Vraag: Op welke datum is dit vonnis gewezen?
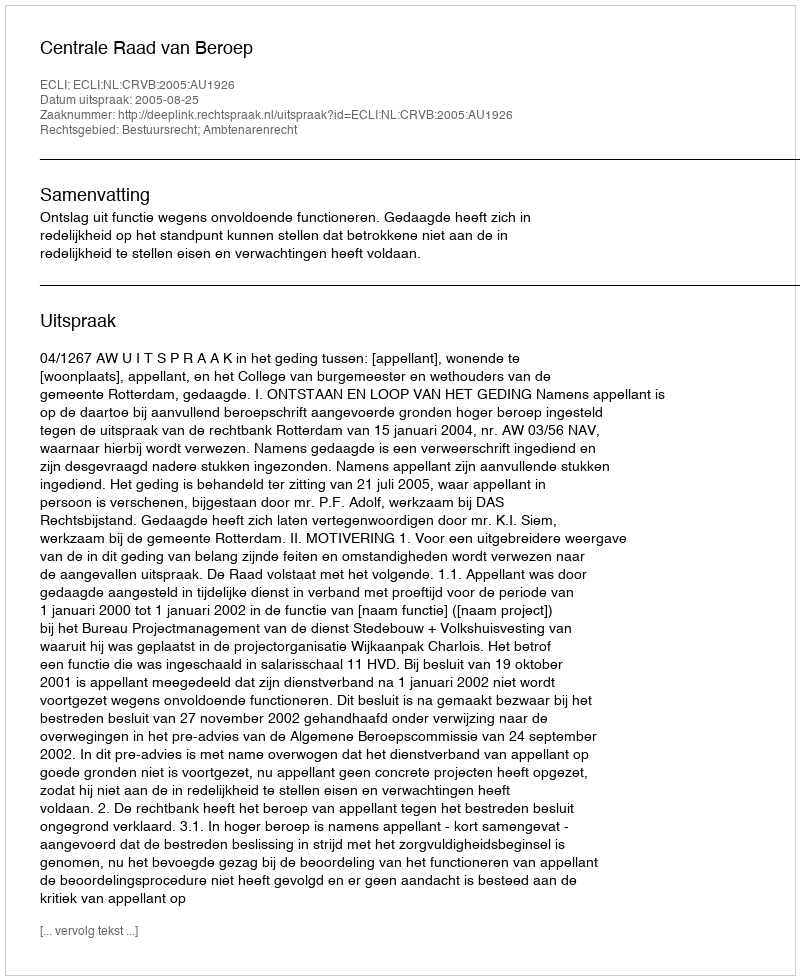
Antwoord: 2005-08-25